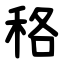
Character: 䅂